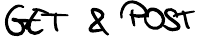
GET & POST